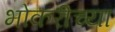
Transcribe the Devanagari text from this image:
भोकरीच्या